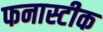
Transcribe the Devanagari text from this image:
फनास्टीक